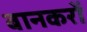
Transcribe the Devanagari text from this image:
बानकरों